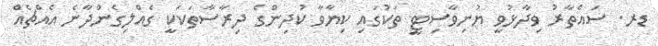
ޑރ. ސައްތާރު ވިދާޅުވީ ޔުނިވާސިޓީ ތަކުގައި ކިޔާވާ ކުދިންގެ ދިރާސާތަކަކީ ގެއްލިގެންދާނެ އެއްޗެއް